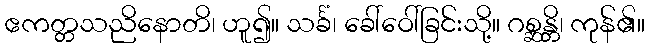
ဧကတ္တသညိနောတိ၊ ဟူ၍။ သင်္ခံ၊ ခေါ်ဝေါ်ခြင်းသို့။ ဂစ္ဆန္တိ၊ ကုန်၏။